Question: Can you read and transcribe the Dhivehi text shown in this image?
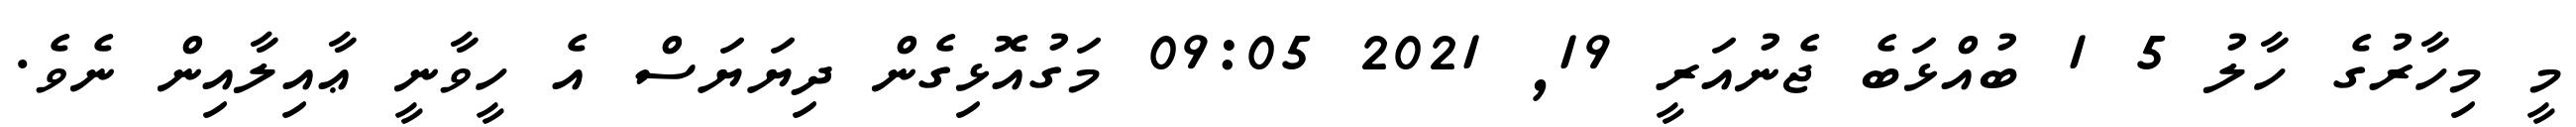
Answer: މީ މިހާރުގެ ހާލު 5 1 ބުއްޅަބެ ޖެނުއަރީ 19, 2021 09:05 މަގުއޮޅިގެން ދިޔަޔަސް އެ ހީވާނީ ޢާއިލާއިން ނެވެ.